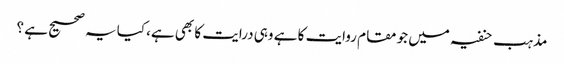
مذہب حنفیہ میں جو مقام روایت کا ہے وہی درایت کا بھی ہے، کیا یہ صحیح ہے ؟